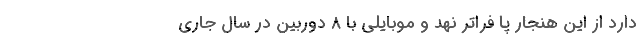
دارد از این هنجار پا فراتر نهد و موبایلی با ۸ دوربین در سال جاری